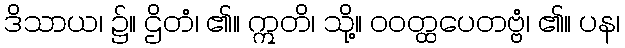
ဒိသာယ၊ ၌။ ဌိတံ၊ ၏။ ဣတိ၊ သို့။ ဝဝတ္ထပေတဗ္ဗံ၊ ၏။ ပန၊